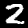
Label: 2